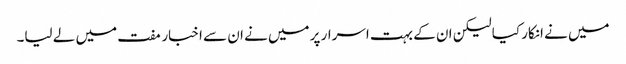
میں نے انکار کیا لیکن ان کے بہت اسرار پر میں نے ان سے اخبار مفت میں لے لیا۔